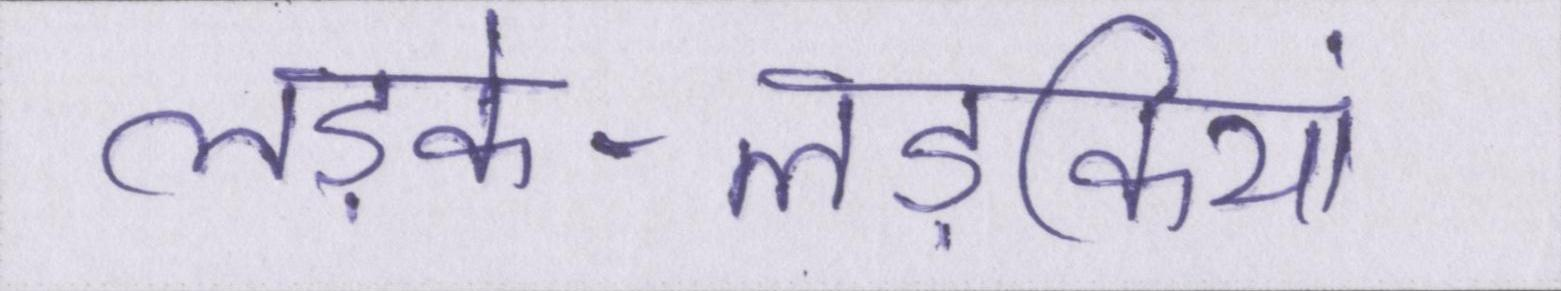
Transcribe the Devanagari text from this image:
लड़के-लड़कियां